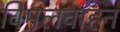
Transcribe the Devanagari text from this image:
विमलवाहन